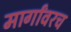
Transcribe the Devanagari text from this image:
मार्गांवरच